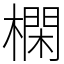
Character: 㯗